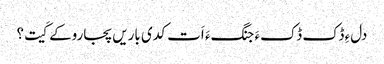
دلءِ ڈک ڈکءَ جنگءَ اَت کدی باریں پجاروکے کَیت؟